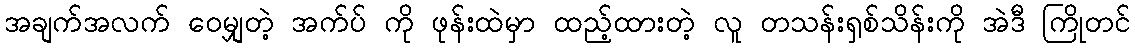
အချက်အလက် ဝေမျှတဲ့ အက်ပ် ကို ဖုန်းထဲမှာ ထည့်ထားတဲ့ လူ တသန်းရှစ်သိန်းကို အဲဒီ ကြိုတင်